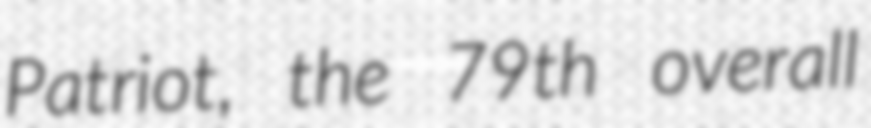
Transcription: Patriot, the 79th overall